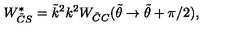
W _ { \tilde { C } S } ^ { * } = \tilde { k } ^ { 2 } k ^ { 2 } W _ { \tilde { C } C } ( \tilde { \theta } \rightarrow \tilde { \theta } + \pi / 2 ) ,